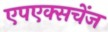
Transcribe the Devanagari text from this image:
एपएक्सचेंज